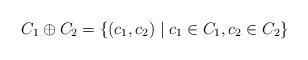
LaTeX: \begin{align*}C_1 \oplus C_2 = \{ (c_1, c_2) \mid c_1 \in C_1, c_2 \in C_2 \} \end{align*}